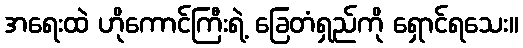
အရေးထဲ ဟိုကောင်ကြီးရဲ့ ခြေတံရှည်ကို ရှောင်ရသေး။